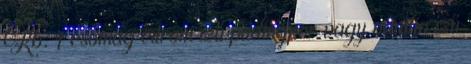
Kb. 1 csomag citrom ízű pudingpor vagy vanília ízű